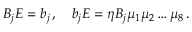
B _ { j } { \cal E } = b _ { j } \, , \quad b _ { j } { \cal E } = \eta B _ { j } \mu _ { 1 } \mu _ { 2 } \dots \mu _ { 8 } \, .